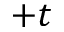
+ t